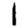
Digit: 1